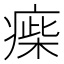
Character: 㾹